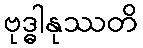
ဗုဒ္ဓါနုဿတိ